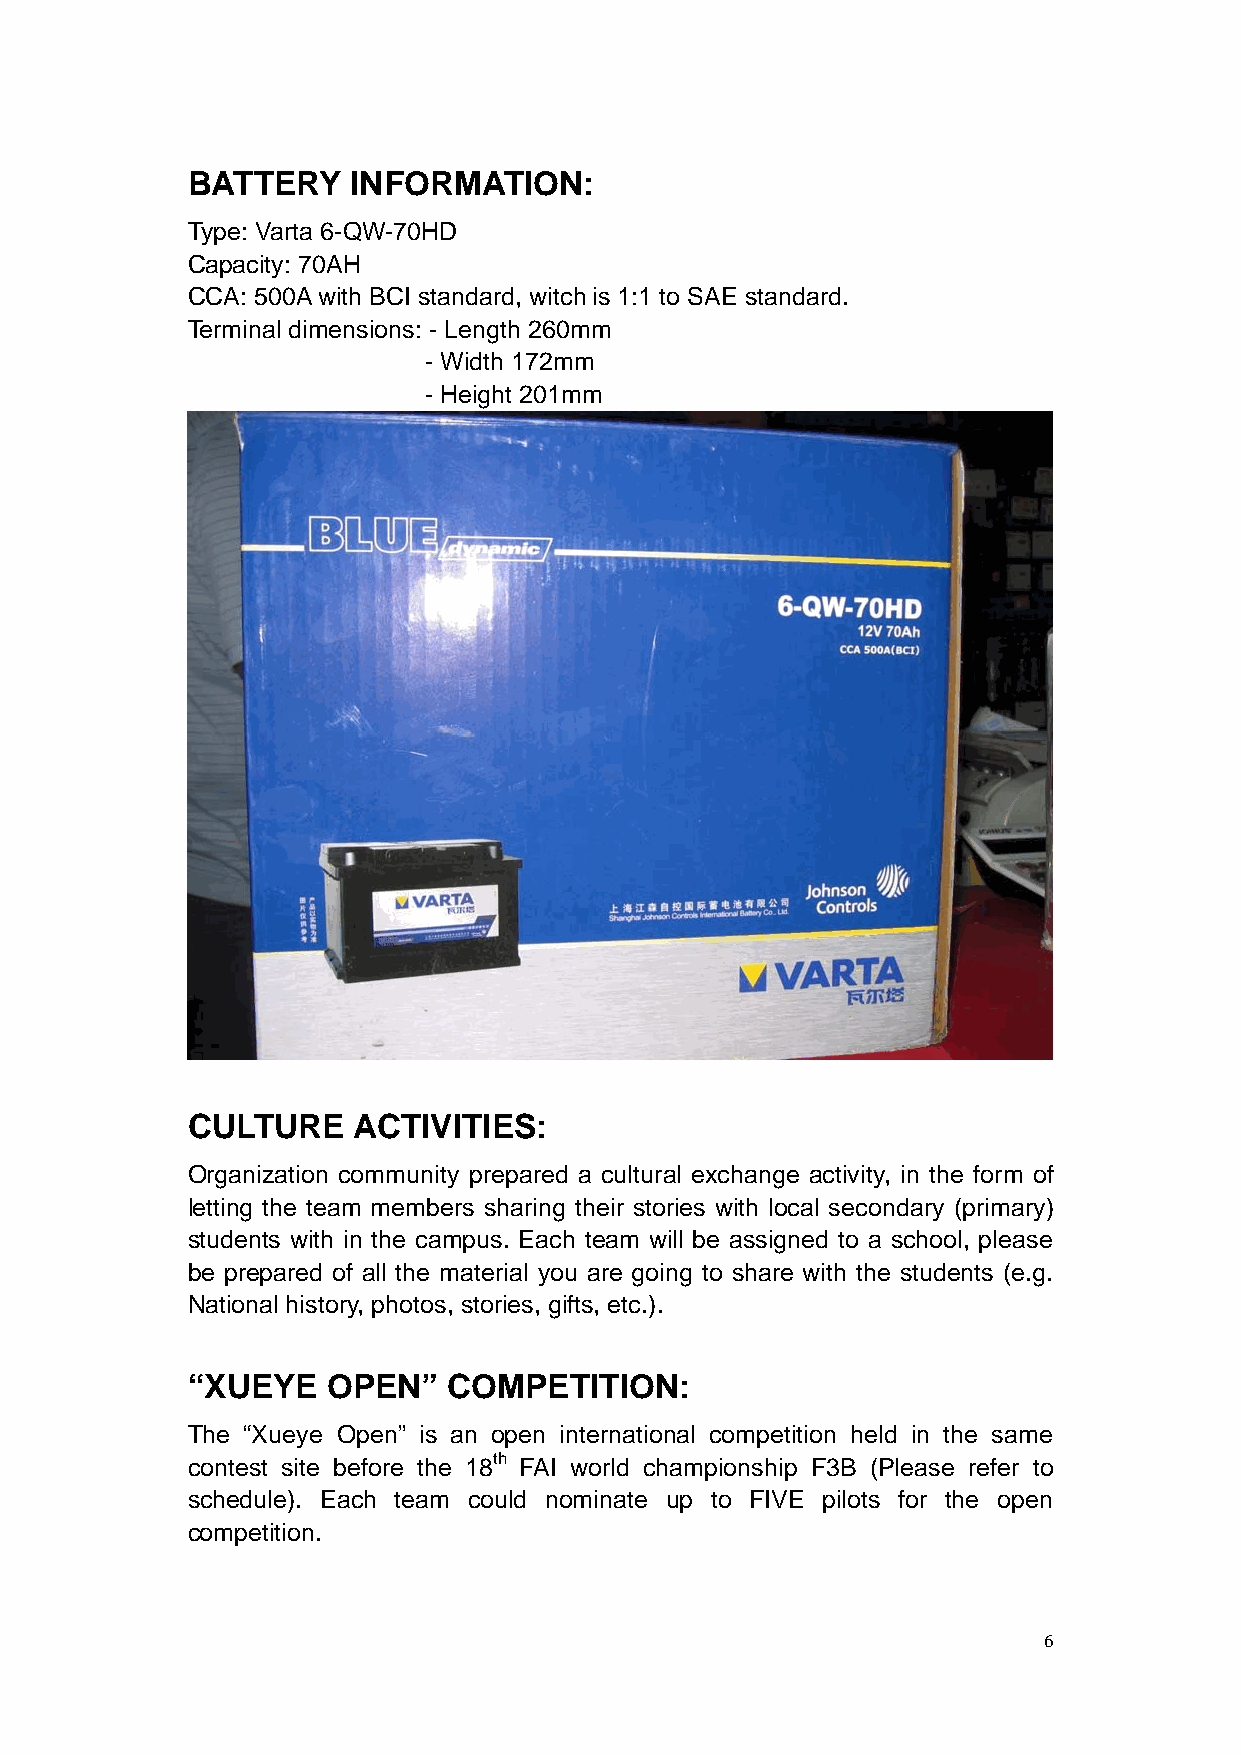
BATTERY    INFORMATION:
 Type: Varta 6-QW-70HD
 Capacity: 70AH
 CCA: 500A with BCI standard, witch is 1:1 to SAE standard.
 Terminal dimensions: - Length 260mm
 - Width 172mm
 - Height 201mm
 CULTURE    ACTIVITIES:
 Organization community prepared a cultural exchange activity, in the form of
 letting the team members sharing their stories with local secondary (primary)
 students with in the campus. Each team will be assigned to a school, please
 be prepared of all the material you are going to share with the students (e.g.
 National history, photos, stories, gifts, etc.).
 “XUEYE    OPEN”   COMPETITION:
 The “Xueye Open” is an open international competition held in the same
 contest site before the 18th FAI world championship F3B (Please refer to
 schedule). Each team could nominate up to FIVE pilots for the open
 competition.
 6